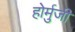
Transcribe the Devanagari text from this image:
होर्मुजी